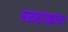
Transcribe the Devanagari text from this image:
नळकांड्यांचा